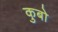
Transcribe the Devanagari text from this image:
कुबो